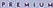
P R E M I U M